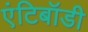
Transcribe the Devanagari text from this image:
एंटिबॉडी